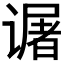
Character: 𬤜